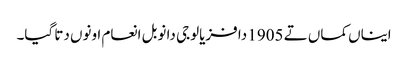
ایناں کماں تے 1905 دا فزیالوجی دا نوبل انعام اونوں دتا گیا۔